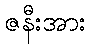
ဇနီးအား